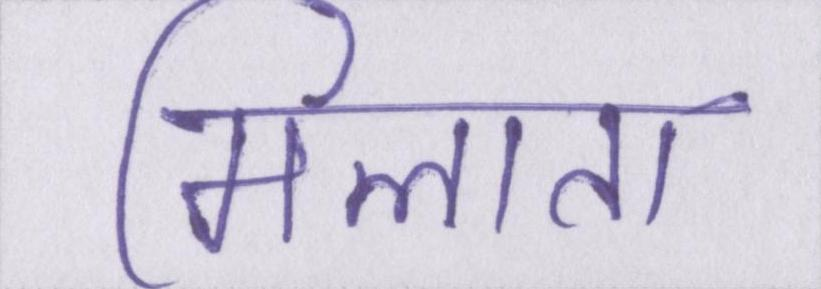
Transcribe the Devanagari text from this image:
मिलाता